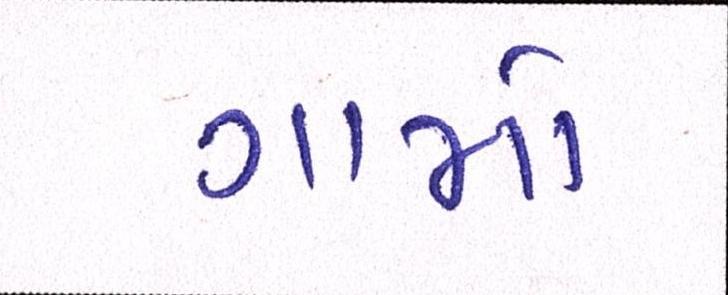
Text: ગામો